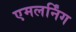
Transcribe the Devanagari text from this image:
एमलर्निंग